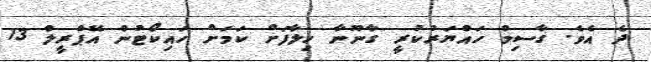
ދެ އެވެ. ގާސިމް ހައްޔަރުކުރީ ގާނޫނާ ހިލާފަށް ކަމަށް ހައިކޯޓުން އޭޕްރީލް 13